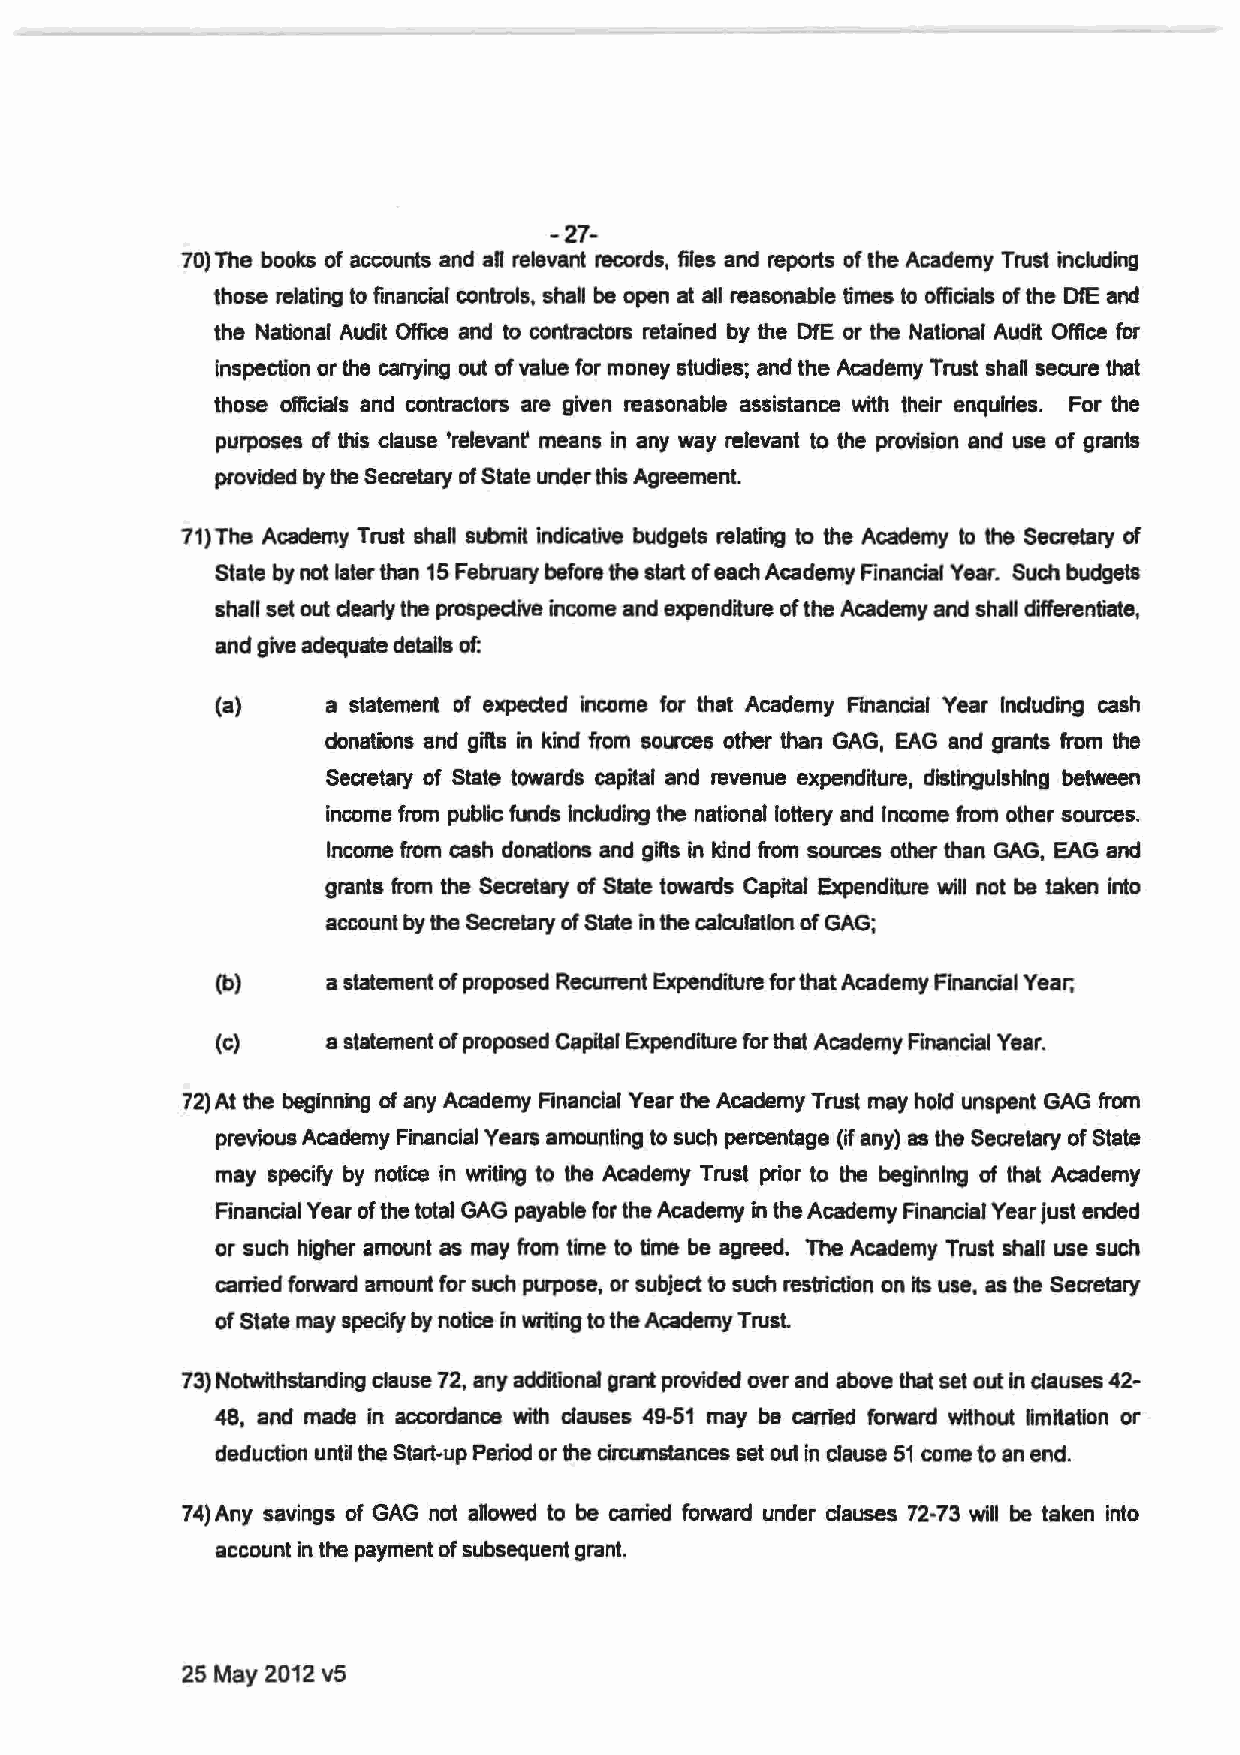
-27-
 70) The books of accounts and aU relevant records, files and reports of the Academy Trust including
 those relating to financial controls, shall be open at all reasonable times to officials of the DfE and
 the National Audit Office and to contractors retained by the DfE or the National Audit Office for
 Inspection or the carrying out of value for money studies; and the Academy Trust shall secure that
 those officials and contractors are given reasonable assistance with their enquiries. For the
 purposes of this clause 'relevant means in any way relevant to the provision and use of grants
 provided by the Secretary of State under this Agreement.
 71) The Academy Trust shall submit indicative budgets relating to the Academy to the Secretary of
 State by not later than 15 February before the start of each Academy Financial Year. Such budgets
 shall set out dearly the prospective income and expenditure of the Academy and shall differentiate,
 and give adequate details of:
 (a)     a statement of expected income for that Academy Financial Year Including cash
 donations and gifts in kind from sources other than GAG, EAG and grants from the
 Secretary of State towards capital and revenue expenditure, distinguishing between
 income from public funds Including the national lottery and Income from other sources.
 Income from cash donations and gifts in kind from sources other than GAG, EAG and
 grants from the Secretary of State towards Capital Expenditure will not be taken into
 account by the Secretary of State in the cala.llatlon of GAG;
 (b)     a statement of proposed Recurrent Expenditure for that Academy Financial Year;
 (c)     a statement of proposed Capital Expenditure for that Academy Financial Year.
 72)At the beginning of any Academy Financial Year the Academy Trust may hold unspent GAG from
 previous Academy Financial Years amounting to such percentage (if any) as the Secretary of State
 may specify by notice in writing to the Academy Trust prior to the beginning of that Academy
 Financial Year of the total GAG payable for the Academy in the Academy Financial Year just ended
 or such higher amount as may from time to time be agreed. The Academy Trust shall use such
 carried forward amount for such purpose, or subject to such restriction on its use, as the Secretary
 of State may specify by notice in writing to the Academy Trust
 73) Notwithstanding clause 72, any additional grant provided over and above that set out in clauses 42-
 48, and made in accordance with clauses 49-51 may be carried forward without limitation or
 deduction until the Start-up Period or the circumstances set out in clause 51 come to an end.
 74) Any savings of GAG not allowed to be carried forward under clauses 72-73 will be taken into
 account in the payment of subsequent grant.
 25 May 2012 v5